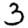
Digit: 3